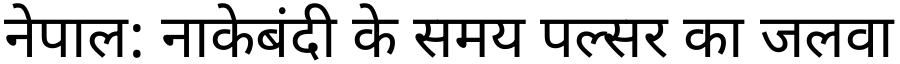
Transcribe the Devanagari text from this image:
नेपाल: नाकेबंदी के समय पल्सर का जलवा